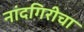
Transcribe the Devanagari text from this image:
नांदगिरीचा